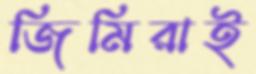
জিমিরাই